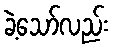
ခဲ့သော်လည်း